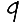
Digit: 9